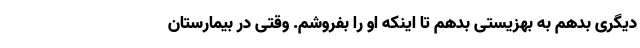
دیگری بدهم به بهزیستی بدهم تا اینکه او را بفروشم. وقتی در بیمارستان